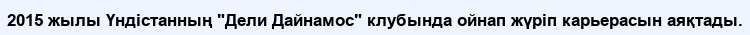
2015 жылы Үндістанның "Дели Дайнамос" клубында ойнап жүріп карьерасын аяқтады.